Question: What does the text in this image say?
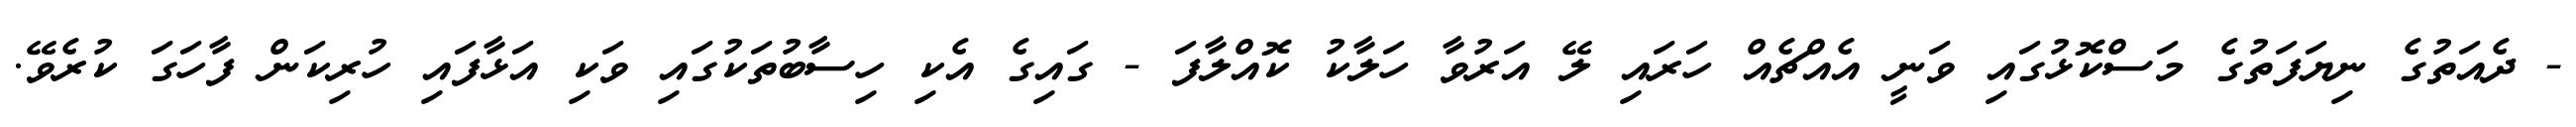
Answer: - ދެއަތުގެ ނިޔަފަތުގެ މަސްކޮޅުގައި ވަނީ އެއްޗެއް ހަރައި ލޭ އަރުވާ ހަލާކު ކޮއްލާފަ - ގައިގެ އެކި ހިސާބުތަކުގައި ވަކި އަޅާފައި ހުރިކަން ފާހަގަ ކުރެވޭ.